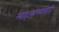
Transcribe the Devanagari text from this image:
न्याहाळण्यासाठी